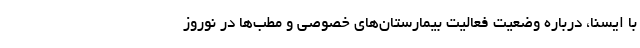
با ایسنا، درباره وضعیت فعالیت بیمارستان‌های خصوصی و مطب‌ها در نوروز